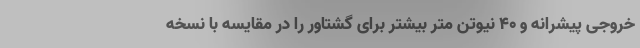
خروجی پیشرانه و 40 نیوتن متر بیشتر برای گشتاور را در مقایسه با نسخه